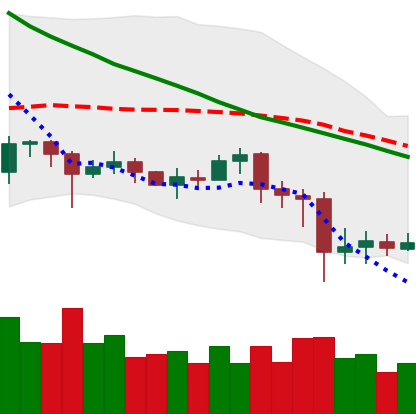
Ticker: EOS-USD
Chart end date: 2020-07-01
Forward return: 10.15%
Label: up_7plus